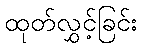
ထုတ်လွှင့်ခြင်း